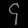
Digit: ၄